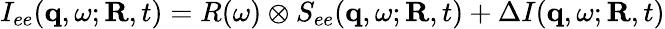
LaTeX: I_{ee}({\mathbf q},\omega;{\mathbf R},t)=R(\omega)\otimes S_{ee}({\mathbf q},\omega;{\mathbf R},t)+\Delta I({\mathbf q},\omega;{\mathbf R},t)